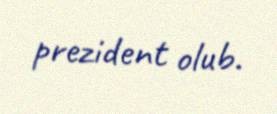
prezident olub.